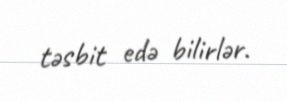
təsbit edə bilirlər.